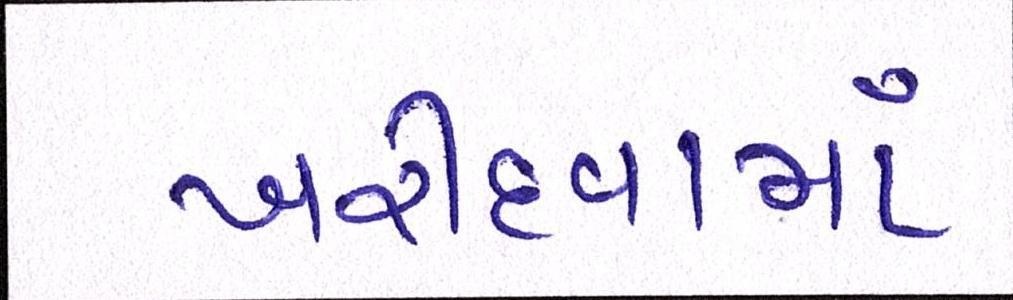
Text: ખરીદવામાં